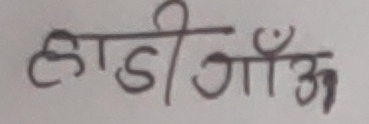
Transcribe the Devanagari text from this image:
हाडी गाउँ